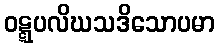
ဝဋ္ဋပလိဃသဒိသောပမာ